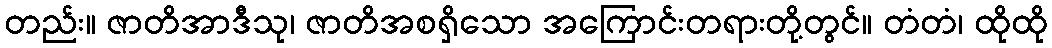
တည်း။ ဇာတိအာဒီသု၊ ဇာတိအစရှိသော အကြောင်းတရားတို့တွင်။ တံတံ၊ ထိုထို